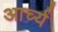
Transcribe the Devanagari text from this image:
आर्च्य